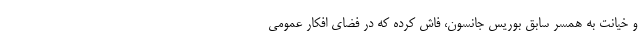
و خیانت به همسر سابق بوریس جانسون، فاش کرده که در فضای افکار عمومی